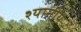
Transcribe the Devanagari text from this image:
श्यानीय